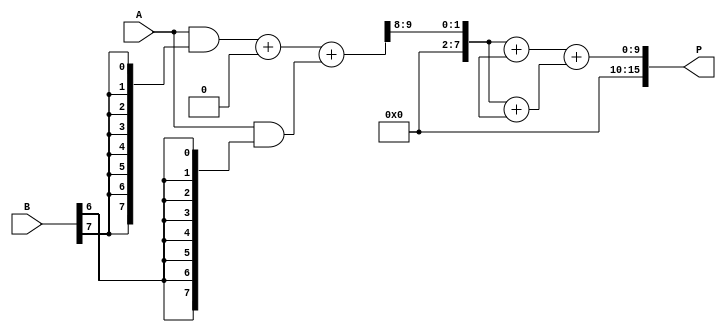
module AdaptiveWallaceTreeMultiplier #(parameter N = 8) (
    input wire [N-1:0] A,       // Multiplicand
    input wire [N-1:0] B,       // Multiplier
    output wire [2*N-1:0] P     // Product
);
    
    // Intermediate wires for partial products
    wire [N-1:0] partial_products [0:N-1];
    
    // Generate partial products
    genvar i;
    generate
        for (i = 0; i < N; i = i + 1) begin : pp_generation
            assign partial_products[i] = A & {N{B[i]}};
        end
    endgenerate

    // Wallace Tree Logic
    wire [N-1:0] sum [0:N-1];   // Sum outputs
    wire [N-1:0] carry [0:N-1]; // Carry outputs
    
    // Reduction stages
    genvar j;
    generate
        for (j = 0; j < N-1; j = j + 1) begin : wallace_tree
            if (j % 3 == 0) begin
                // Group of three partial products
                wire [N-1:0] pp1 = (j+1 < N) ? partial_products[j+1] : 0;
                wire [N-1:0] pp2 = (j+2 < N) ? partial_products[j+2] : 0;

                // Carry Save Adder
                assign {carry[j+1], sum[j]} = pp1 + pp2 + partial_products[j];
            end
        end
    endgenerate

    // Final stage addition
    wire [N-1:0] final_sum;
    wire [N:0] final_carry;

    assign final_carry = carry[N-1] + sum[N-1];
    assign final_sum = carry[N-1] + sum[N-1];

    // Final product output
    assign P = final_sum + final_carry;

endmodule